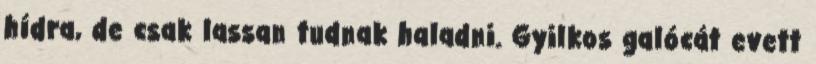
hídra, de csak lassan tudnak haladni. Gyilkos galócát evett